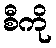
စီကို